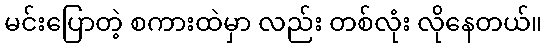
မင်းပြောတဲ့ စကားထဲမှာ လည်း တစ်လုံး လိုနေတယ်။